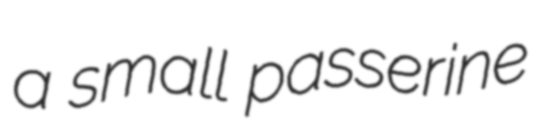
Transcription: a small passerine